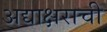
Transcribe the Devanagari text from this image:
अद्याक्षराची